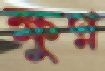
ক্ষুণ্ন